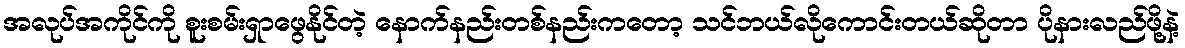
အလုပ်အကိုင်ကို စူးစမ်းရှာဖွေနိုင်တဲ့ နောက်နည်းတစ်နည်းကတော့ သင်ဘယ်လိုကောင်းတယ်ဆိုတာ ပိုနားလည်ဖို့နဲ့